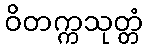
ဝိတက္ကသုတ္တံ